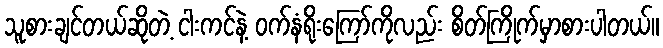
သူစားချင်တယ်ဆိုတဲ့ ငါးကင်နဲ့ ဝက်နံရိုးကြော်ကိုလည်း စိတ်ကြိုက်မှာစားပါတယ်။